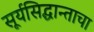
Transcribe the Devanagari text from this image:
सूर्यसिद्धान्ताचा